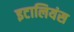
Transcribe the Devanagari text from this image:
इटालियंस